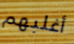
أغلبهم